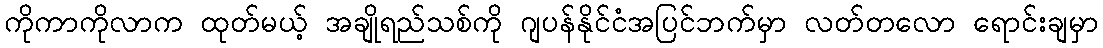
ကိုကာကိုလာက ထုတ်မယ့် အချိုရည်သစ်ကို ဂျပန်နိုင်ငံအပြင်ဘက်မှာ လတ်တလော ရောင်းချမှာ